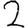
Digit: 2